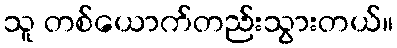
သူ တစ်ယောက်တည်းသွားတယ်။